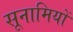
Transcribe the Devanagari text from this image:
सूनामियों